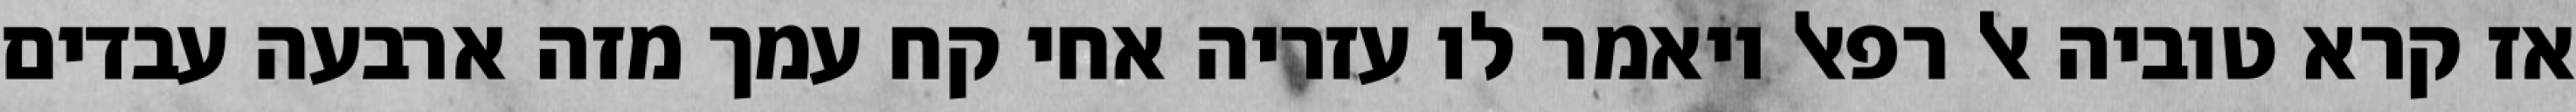
אז קרא טוביה אל רפאל ויאמר לו עזריה אחי קח עמך מזה ארבעה עבדים